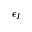
\epsilon _ { I }